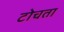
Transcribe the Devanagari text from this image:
टोचता